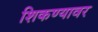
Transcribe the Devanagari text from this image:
शिकण्यावर